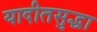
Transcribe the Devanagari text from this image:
यादीतसुद्धा